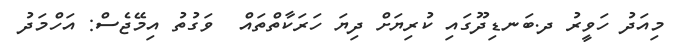
މިއަދު ހަވީރު ދ.ބަނޑިދޫގައި ކުރިޔަށް ދިޔަ ހަރަކާތްތައް  ވަގުތު އިމޭޖެސް: އަހްމަދު